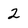
Character: 2